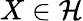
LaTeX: X\in{\mathcal{H}}